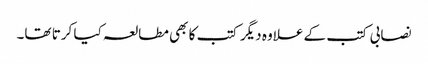
نصابی کتب کے علاوہ دیگر کتب کا بھی مطالعہ کیا کرتا تھا۔